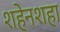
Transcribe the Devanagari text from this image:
शहेनशहा